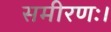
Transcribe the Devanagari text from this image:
समीरणः।